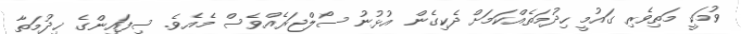
ވުމަކީ މަތިވެރި ގައުމީ ހިދުމަތެއްކަމަށް ދެކިގެން އުޅުނު ސޯލްޖަރެއްވެސް މެއެވެ. ސިފައިންގެ ޚިދުމަތާ